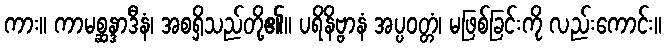
ကား။ ကာမစ္ဆန္ဒာဒီနံ၊ အစရှိသည်တို့၏။ ပရိနိဗ္ဗာနံ အပ္ပဝတ္တံ၊ မဖြစ်ခြင်းကို လည်းကောင်း။